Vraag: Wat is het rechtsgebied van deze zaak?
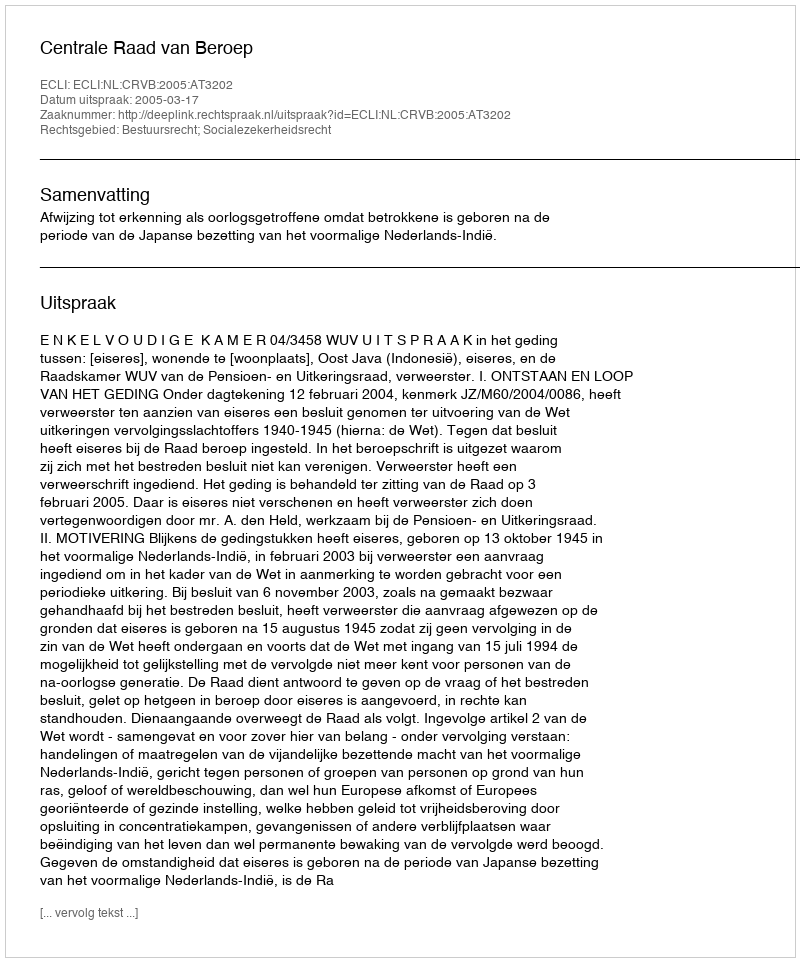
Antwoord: Bestuursrecht; Socialezekerheidsrecht